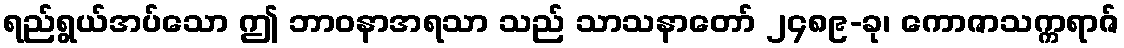
ရည်ရွယ်အပ်သော ဤ ဘာဝနာအရသာ သည် သာသနာတော် ၂၄၈၉-ခု၊ ကောဇာသက္ကရာဇ်